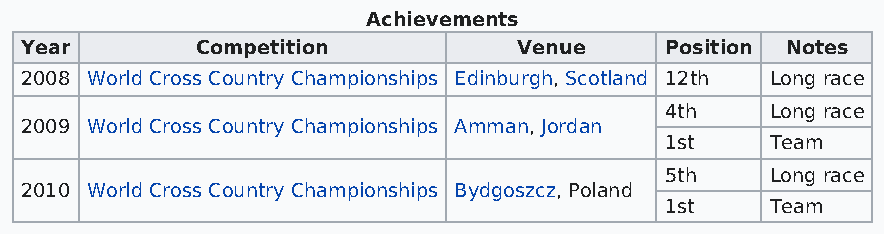
Achievements
 Year        Competition          Venue     Position Notes
 2008 World Cross Country Championships Edinburgh, Scotland 12th Long race
 4th    Long race
 2009 World Cross Country Championships Amman, Jordan
 1st    Team
 5th    Long race
 2010 World Cross Country Championships Bydgoszcz, Poland
 1st    Team